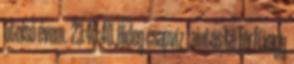
utolsó évem. 23:46:40 Hideg csapvíz faintos te férfi vagy